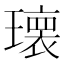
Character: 𱯯